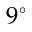
9 ^ { \circ }